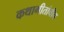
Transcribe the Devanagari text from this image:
कथागीतांचीच